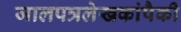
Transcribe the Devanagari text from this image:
जालपत्रलेखकांपैकी